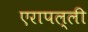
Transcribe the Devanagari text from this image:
एरापल्ली